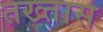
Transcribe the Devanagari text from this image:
तख्तास